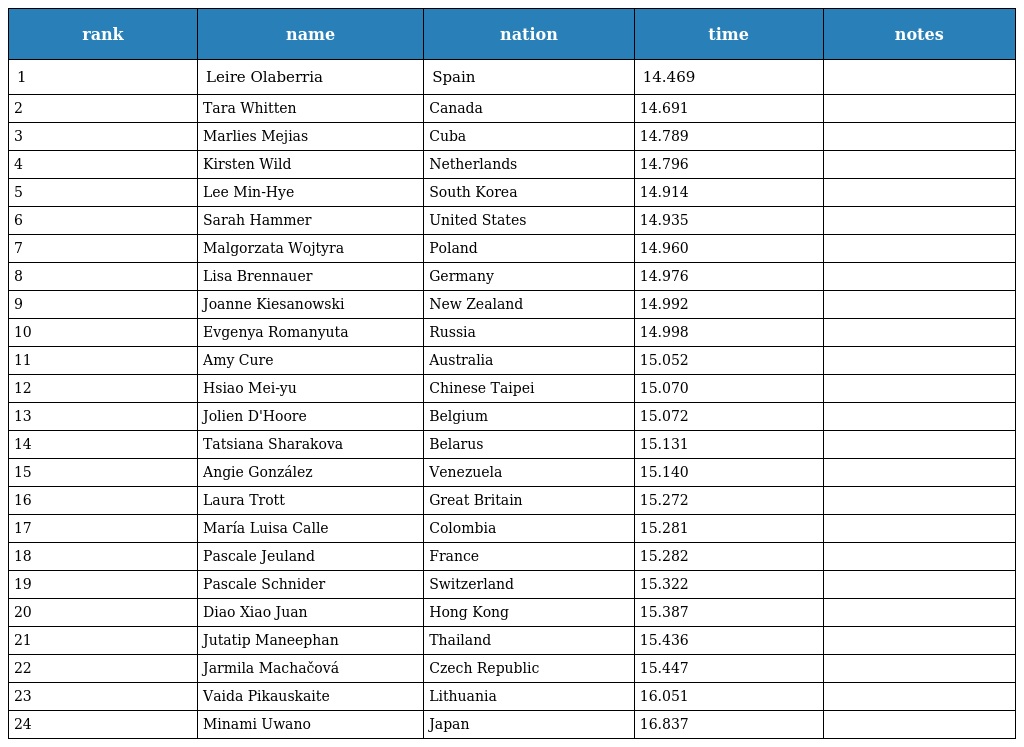
| rank | name | nation | time | notes |
 | --- | --- | --- | --- | --- |
 | 1 | Leire Olaberria | Spain | 14.469 |  |
 | 2 | Tara Whitten | Canada | 14.691 |  |
 | 3 | Marlies Mejias | Cuba | 14.789 |  |
 | 4 | Kirsten Wild | Netherlands | 14.796 |  |
 | 5 | Lee Min-Hye | South Korea | 14.914 |  |
 | 6 | Sarah Hammer | United States | 14.935 |  |
 | 7 | Malgorzata Wojtyra | Poland | 14.960 |  |
 | 8 | Lisa Brennauer | Germany | 14.976 |  |
 | 9 | Joanne Kiesanowski | New Zealand | 14.992 |  |
 | 10 | Evgenya Romanyuta | Russia | 14.998 |  |
 | 11 | Amy Cure | Australia | 15.052 |  |
 | 12 | Hsiao Mei-yu | Chinese Taipei | 15.070 |  |
 | 13 | Jolien D'Hoore | Belgium | 15.072 |  |
 | 14 | Tatsiana Sharakova | Belarus | 15.131 |  |
 | 15 | Angie González | Venezuela | 15.140 |  |
 | 16 | Laura Trott | Great Britain | 15.272 |  |
 | 17 | María Luisa Calle | Colombia | 15.281 |  |
 | 18 | Pascale Jeuland | France | 15.282 |  |
 | 19 | Pascale Schnider | Switzerland | 15.322 |  |
 | 20 | Diao Xiao Juan | Hong Kong | 15.387 |  |
 | 21 | Jutatip Maneephan | Thailand | 15.436 |  |
 | 22 | Jarmila Machačová | Czech Republic | 15.447 |  |
 | 23 | Vaida Pikauskaite | Lithuania | 16.051 |  |
 | 24 | Minami Uwano | Japan | 16.837 |  |